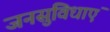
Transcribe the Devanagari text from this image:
जनसुविधाएं